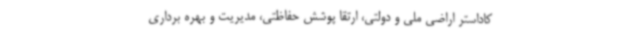
کاداستر اراضی ملی و دولتی، ارتقا پوشش حفاظتی، مدیریت و بهره برداری